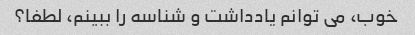
خوب، می توانم یادداشت و شناسه را ببینم، لطفا؟